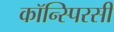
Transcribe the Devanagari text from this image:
कॉन्स्पिरसी